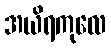
အယိရကုလေ